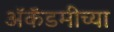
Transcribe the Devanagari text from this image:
अॅकॅडमीच्या